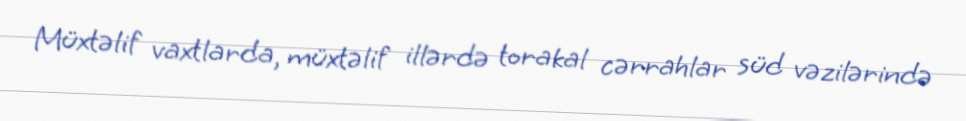
Müxtəlif vaxtlarda, müxtəlif illərdə torakal cərrahlar süd vəzilərində